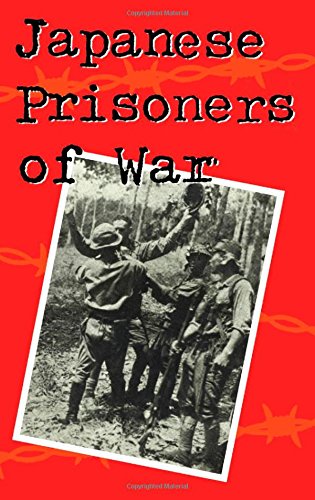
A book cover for Japanese Prisoners of War; History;